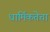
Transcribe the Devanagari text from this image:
धार्मिकतेचा